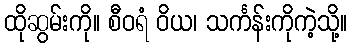
ထိုဆွမ်းကို။ စီဝရံ ဝိယ၊ သင်္ကန်းကိုကဲ့သို့။